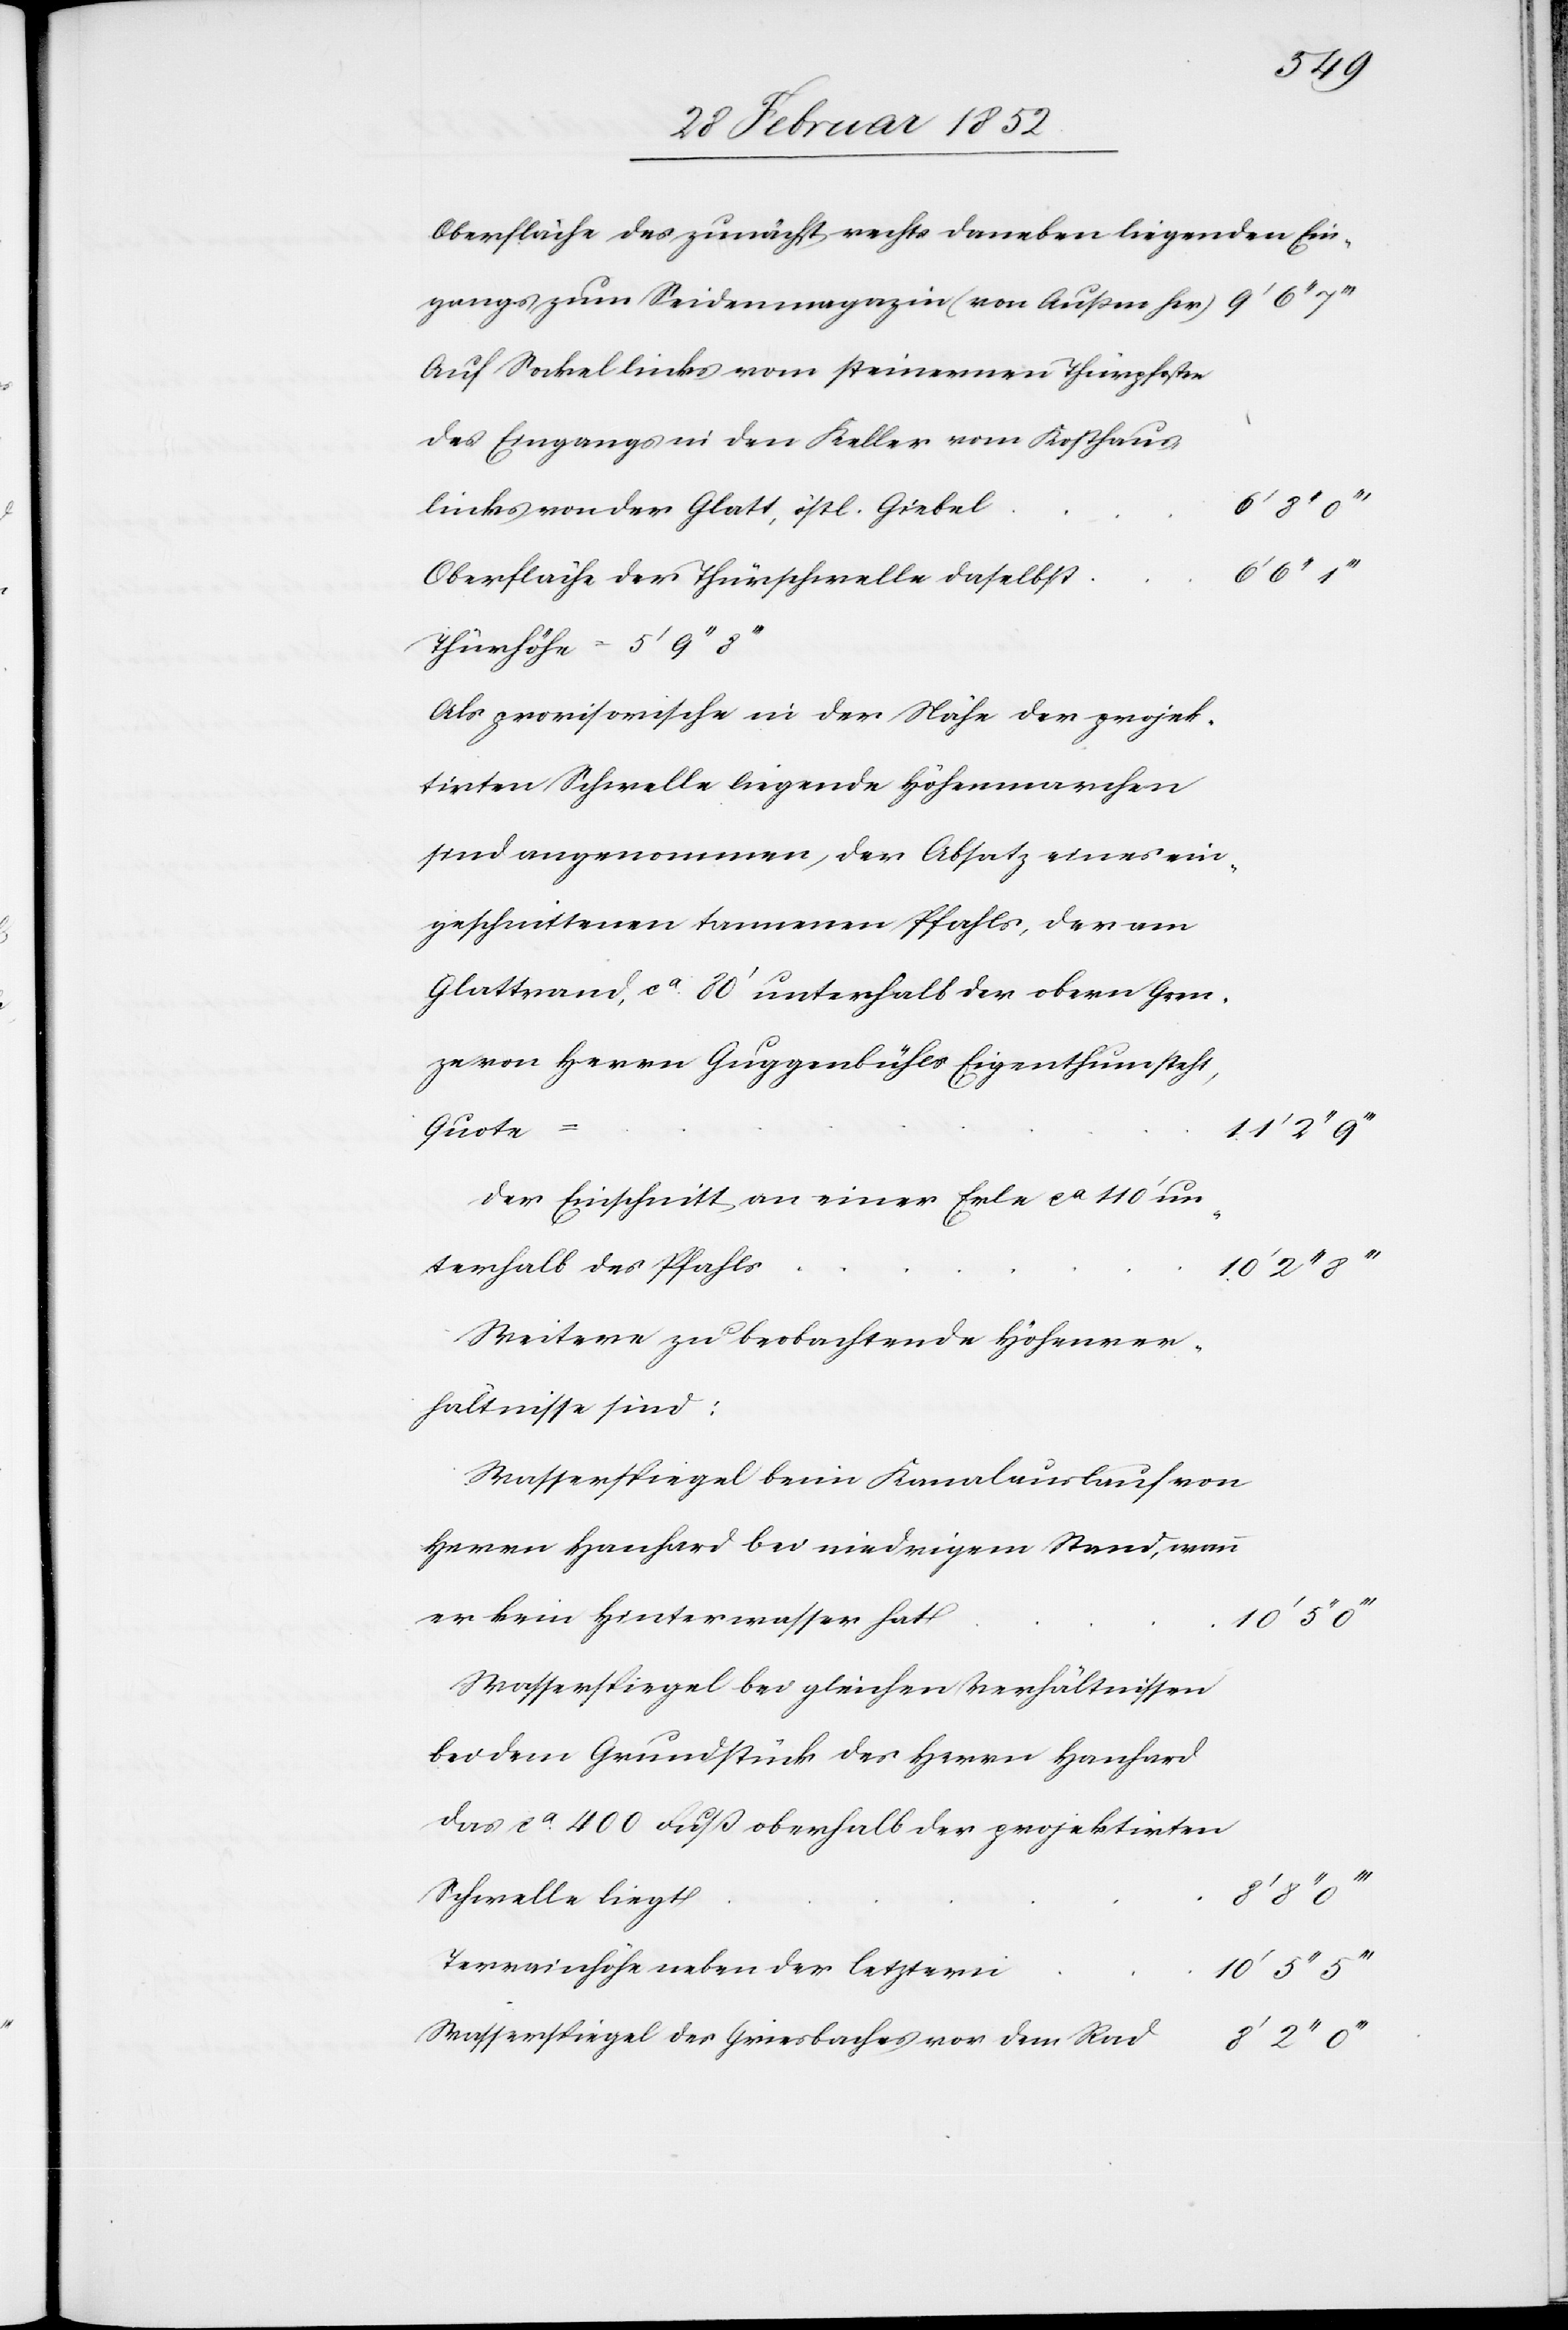
Oberfläche des zunächst rechts daneben liegenden Ein¬
gangs zum Seidenmagazin (von Außen her)
Auf Sockel links vom steinernen Thürpfosten
des Eingangs in den Keller vom Kosthaus
links von der Glatt, östl. Giebel
6’ 8’’
Oberfläche der Thürschwelle daselbst
Thürhöhe = 5’
Als provisorische in der Nähe der projek¬
tirten Schwelle liegende Höhenmarchen
sind angenommen, der Absatz eines ein¬
geschnittenen tannenen Pfahls, der am
Glattrand, ca 80’ unterhalb der obern Gren¬
ze von Herrn Guggenbühls Eigenthum steht,
Quote
Der Einschnitt an einer Erle ca 110’ un¬
terhalb des Pfahls
Weitere zu beobachtende Höhenver¬
hältnisse sind:
Wasserspiegel beim Kanalauslauf von
Herrn Hanhard bei niedrigem Stand, wenn
er kein Hinterwasser hat
10’ 5’’
Wasserspiegel bei gleichen Verhältnissen
bei dem Grundstück des Herrn Hanhard
das ca 400 Fuß oberhalb der projektirten
11’ 2’’
Schwelle liegt
Terrainhöhe neben der letztern
10’ 5’’
Wasserspiegel des Griesbaches vor dem Rad